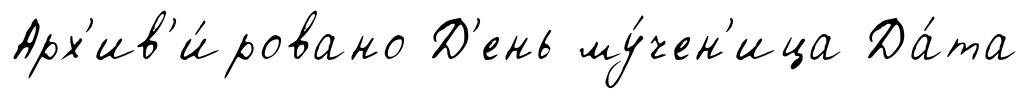
Арх'ив'и́ровано Д'ень му́чен'ица Да́та